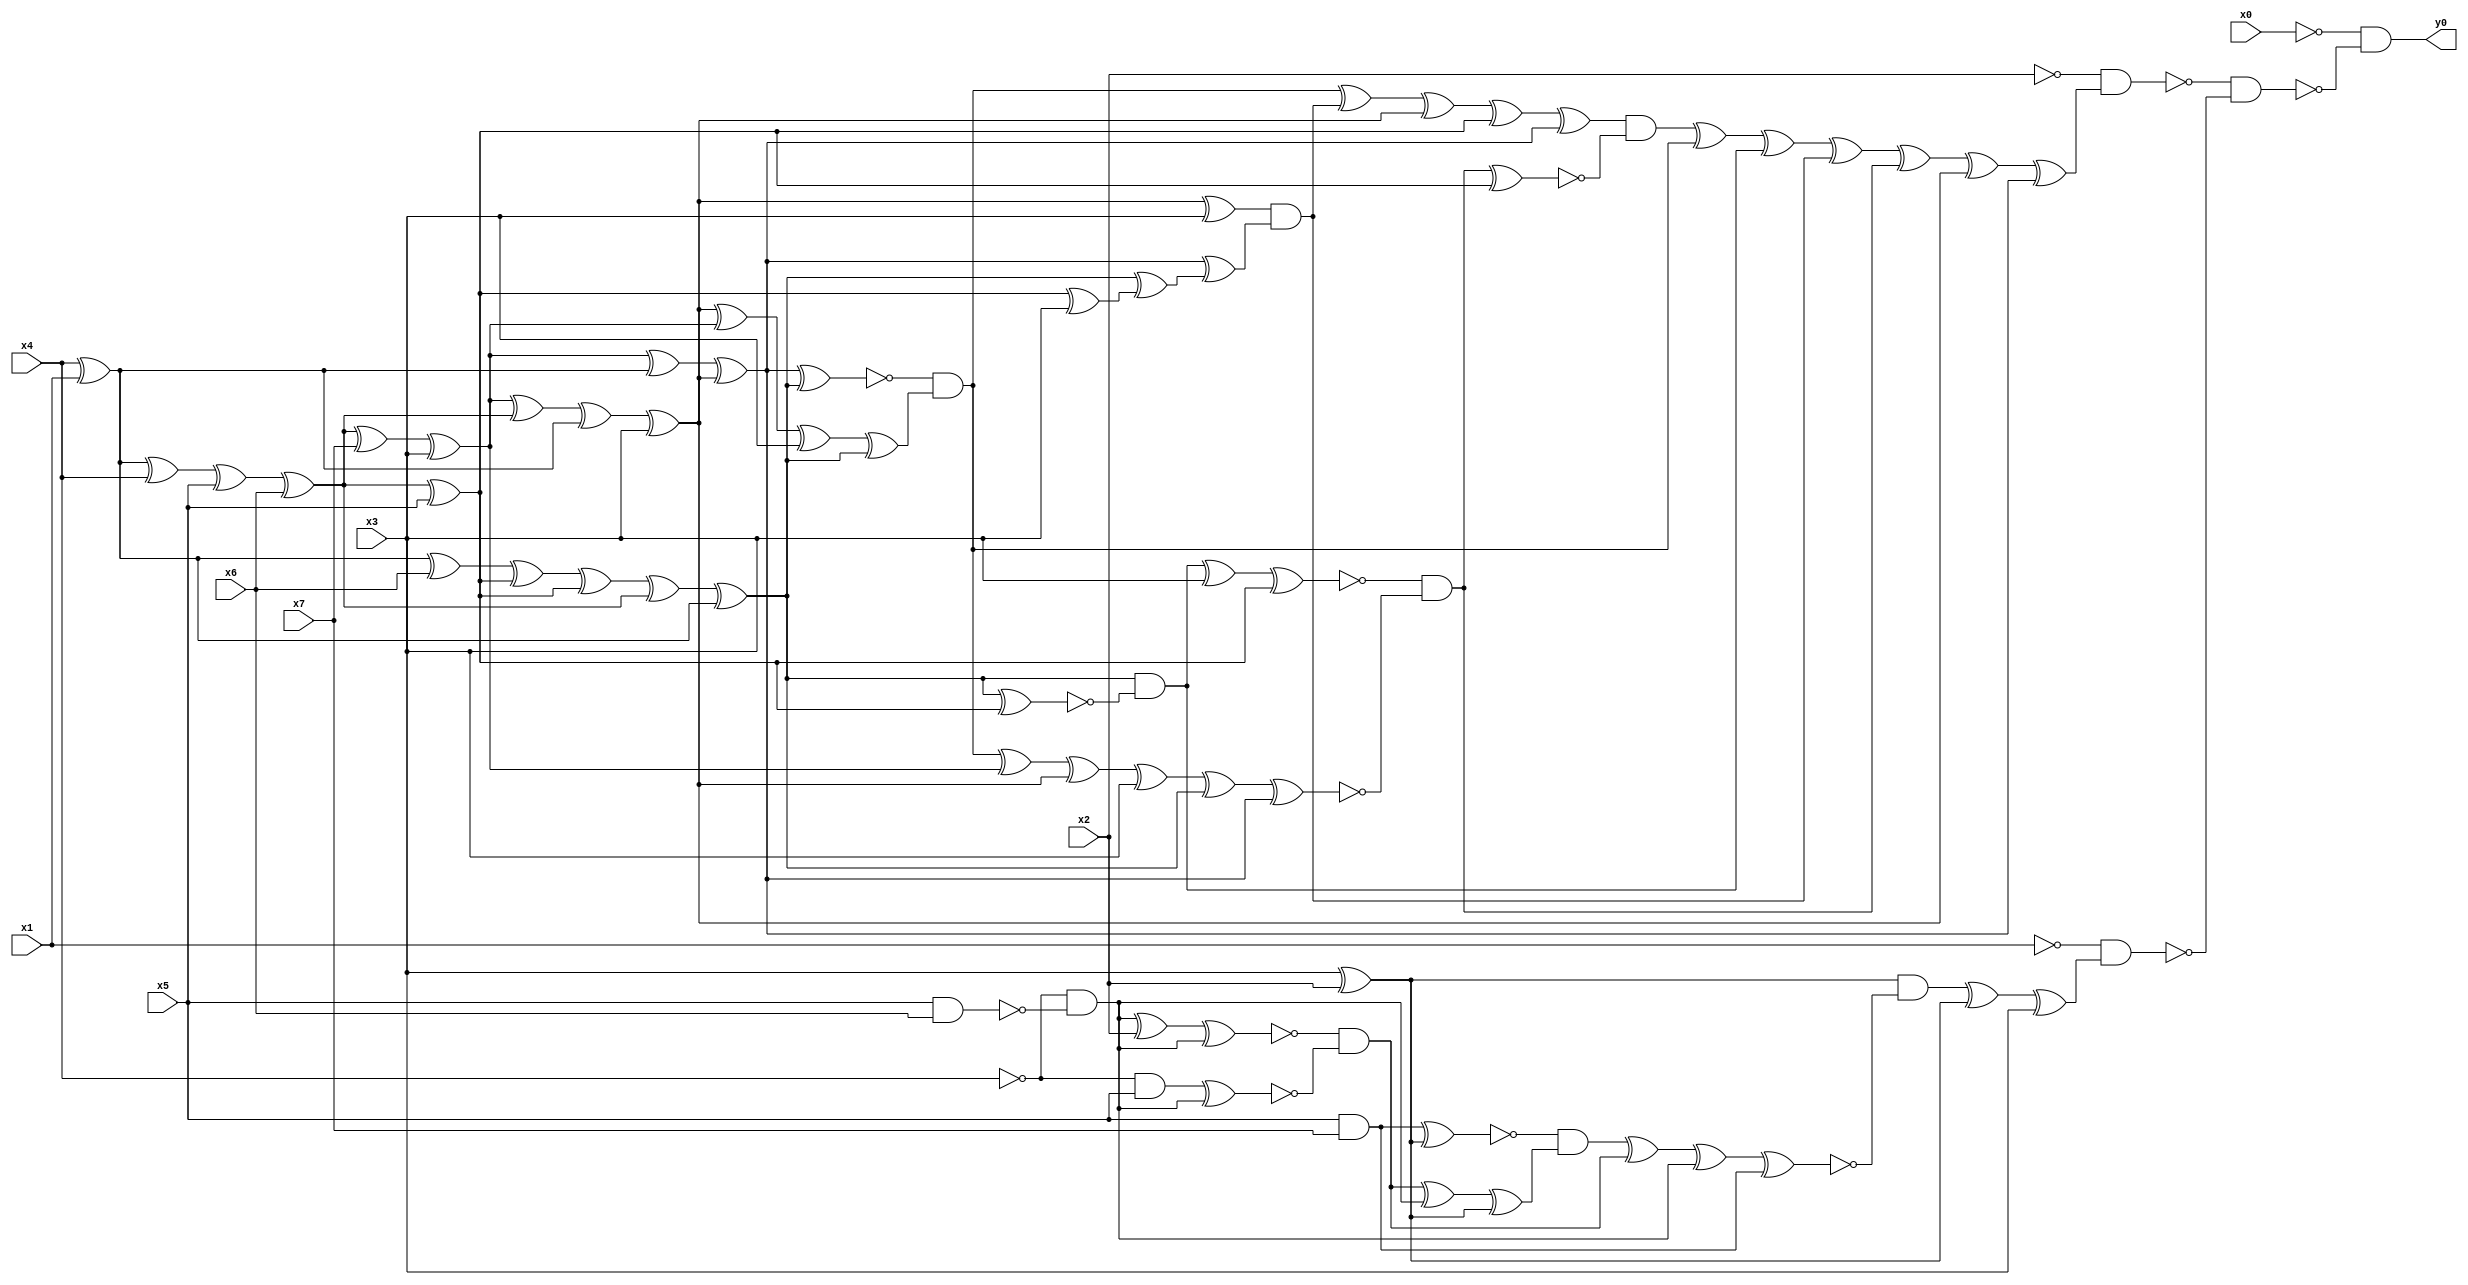
module top( x0 , x1 , x2 , x3 , x4 , x5 , x6 , x7 , y0 );
  input x0 , x1 , x2 , x3 , x4 , x5 , x6 , x7 ;
  output y0 ;
  wire n9 , n10 , n11 , n12 , n13 , n14 , n15 , n16 , n17 , n18 , n19 , n20 , n21 , n22 , n23 , n24 , n25 , n26 , n27 , n28 , n29 , n30 , n31 , n32 , n33 , n34 , n35 , n36 , n37 , n38 , n39 , n40 , n41 , n42 , n43 , n44 , n45 , n46 , n47 , n48 , n49 , n50 , n51 , n52 , n53 , n54 , n55 , n56 , n57 , n58 , n59 , n60 , n61 , n62 , n63 , n64 , n65 , n66 , n67 , n68 , n69 , n70 , n71 , n72 , n73 , n74 , n75 , n76 , n77 , n78 , n79 , n80 ;
  assign n9 = x4 ^ x1 ;
  assign n10 = n9 ^ x4 ;
  assign n11 = n10 ^ x5 ;
  assign n12 = n11 ^ x6 ;
  assign n13 = n12 ^ x7 ;
  assign n14 = n13 ^ x3 ;
  assign n27 = n14 ^ n9 ;
  assign n15 = n14 ^ n12 ;
  assign n16 = n15 ^ n9 ;
  assign n17 = n16 ^ x3 ;
  assign n28 = n27 ^ n17 ;
  assign n21 = n9 ^ x6 ;
  assign n19 = n12 ^ x5 ;
  assign n22 = n21 ^ n19 ;
  assign n23 = n22 ^ n19 ;
  assign n24 = n23 ^ n12 ;
  assign n25 = n24 ^ n9 ;
  assign n31 = n28 ^ n25 ;
  assign n32 = n17 ^ n14 ;
  assign n33 = n32 ^ x3 ;
  assign n34 = n33 ^ n25 ;
  assign n35 = ~n31 & n34 ;
  assign n18 = n17 ^ x3 ;
  assign n20 = n19 ^ x3 ;
  assign n26 = n25 ^ n20 ;
  assign n29 = n28 ^ n26 ;
  assign n30 = n18 & n29 ;
  assign n36 = n35 ^ n30 ;
  assign n37 = n36 ^ n17 ;
  assign n38 = n37 ^ n19 ;
  assign n39 = n38 ^ n28 ;
  assign n40 = n25 ^ n19 ;
  assign n41 = n25 & ~n40 ;
  assign n42 = n41 ^ x3 ;
  assign n43 = n42 ^ n19 ;
  assign n44 = n35 ^ n14 ;
  assign n45 = n44 ^ n17 ;
  assign n46 = n45 ^ x3 ;
  assign n47 = n46 ^ n25 ;
  assign n48 = n47 ^ n28 ;
  assign n49 = ~n43 & ~n48 ;
  assign n50 = n49 ^ n19 ;
  assign n51 = n39 & ~n50 ;
  assign n52 = n51 ^ n35 ;
  assign n53 = n52 ^ n41 ;
  assign n54 = n53 ^ n30 ;
  assign n55 = n54 ^ n49 ;
  assign n56 = n55 ^ n17 ;
  assign n57 = n56 ^ n28 ;
  assign n58 = ~x2 & n57 ;
  assign n59 = x3 ^ x2 ;
  assign n60 = x5 & x7 ;
  assign n61 = n60 ^ n59 ;
  assign n62 = x5 & x6 ;
  assign n63 = ~x4 & ~n62 ;
  assign n64 = n63 ^ x2 ;
  assign n65 = n64 ^ n63 ;
  assign n66 = ~x4 & x5 ;
  assign n67 = n66 ^ n63 ;
  assign n68 = ~n65 & ~n67 ;
  assign n69 = n68 ^ n63 ;
  assign n70 = n69 ^ n59 ;
  assign n71 = ~n61 & n70 ;
  assign n72 = n71 ^ n68 ;
  assign n73 = n72 ^ n63 ;
  assign n74 = n73 ^ n60 ;
  assign n75 = n59 & ~n74 ;
  assign n76 = n75 ^ n59 ;
  assign n77 = n76 ^ x3 ;
  assign n78 = ~x1 & n77 ;
  assign n79 = ~n58 & ~n78 ;
  assign n80 = ~x0 & ~n79 ;
  assign y0 = n80 ;
endmodule